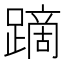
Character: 蹢